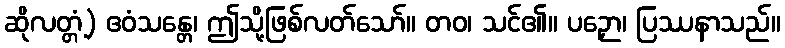
ဆိုလတ္တံ့) ဧဝံသန္တေ၊ ဤသို့ဖြစ်လတ်သော်။ တဝ၊ သင်၏။ ပဉှော၊ ပြဿနာသည်။